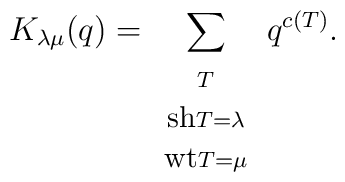
K_{\lambda \mu}(q)=\sum_{\begin{array}{c}\scriptstyle T\\\mbox{\small sh}\scriptstyle T = \lambda \\\mbox{\small wt}\scriptstyle T = \mu\end{array}}q^{c(T)}.